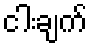
ငါးချက်